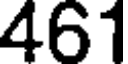
461